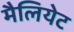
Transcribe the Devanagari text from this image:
मैलियेट